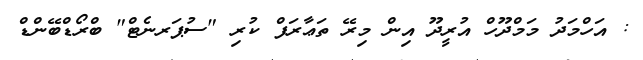
: އަހްމަދު މަމްދޫހް އުރީދޫ އިން މިރޭ ތަޢާރަފް ކުރި "ސުޕަރނެޓް" ބްރޯޑްބޭންޑް